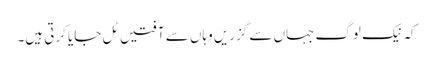
کہ نیک لوگ جہاں سے گزریں وہاں سے آفتیں ٹل جایا کرتی ہیں۔